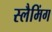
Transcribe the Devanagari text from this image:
स्लैमिंग